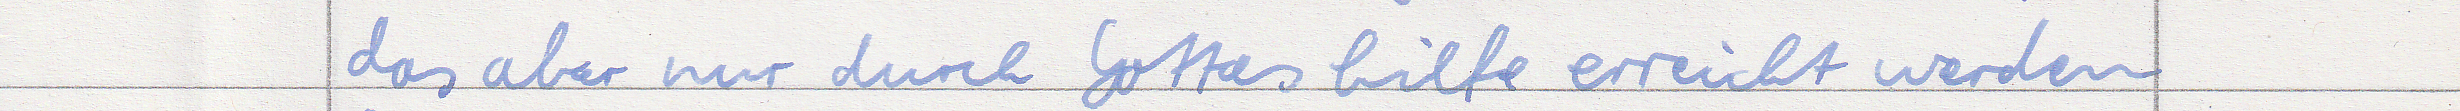
das aber nur durch Gottes hilfe erreicht werden